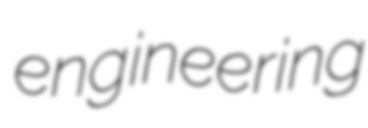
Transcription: engineering